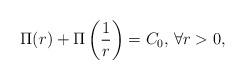
LaTeX: \begin{align*}\Pi(r)+\Pi\left(\frac{1}{r}\right)=C_0\textrm{, }\forall r>0, \end{align*}